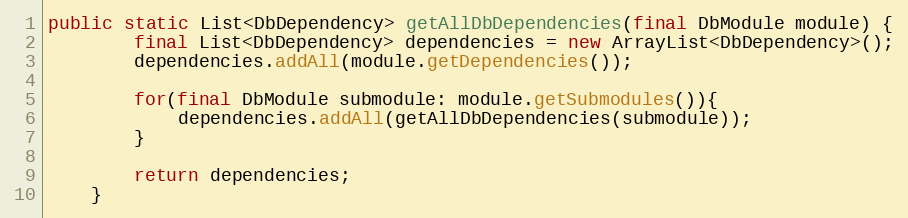
Language: Java
public static List<DbDependency> getAllDbDependencies(final DbModule module) {
        final List<DbDependency> dependencies = new ArrayList<DbDependency>();
        dependencies.addAll(module.getDependencies());

        for(final DbModule submodule: module.getSubmodules()){
            dependencies.addAll(getAllDbDependencies(submodule));
        }

        return dependencies;
    }